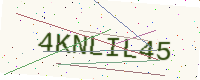
Text: 4KNLIL45